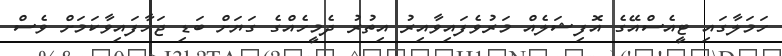
ހަމަލާގައި ޓީއެސްއޭގެ އޮފިޝަލެއް މަރުވެފައިވާއިރު އިތުރު ދެމީހެއްގެ ގަޔަށް ބަޑި ޖަހާފައިވާކަމަށް ވެސް